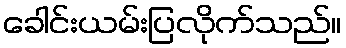
ခေါင်းယမ်းပြလိုက်သည်။